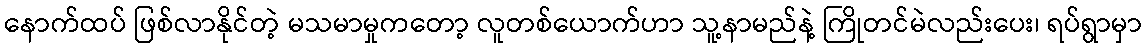
နောက်ထပ် ဖြစ်လာနိုင်တဲ့ မသမာမှုကတော့ လူတစ်ယောက်ဟာ သူ့နာမည်နဲ့ ကြိုတင်မဲလည်းပေး၊ ရပ်ရွာမှာ